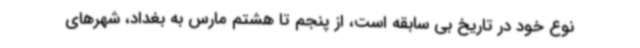
نوع خود در تاریخ بی سابقه است، از پنجم تا هشتم مارس به بغداد، شهرهای